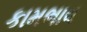
કામભાવ